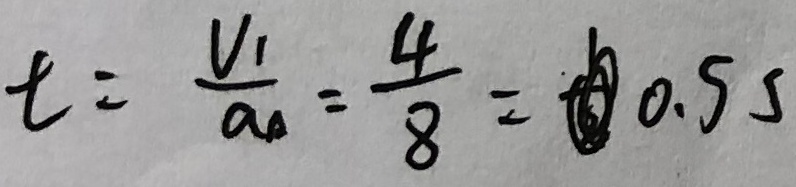
t = \frac { V _ { 1 } } { a _ { n } } = \frac { 4 } { 8 } = 0 . 5 s